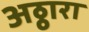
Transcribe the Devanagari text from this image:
अठ्ठारा